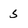
Character: s